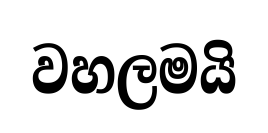
වහලමයි